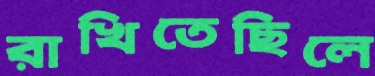
রাখিতেছিলে